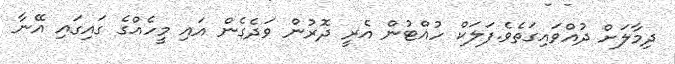
ދިމާލަށް ދުއްވައިގަތެވެ.ފަލަކް ހުއްޓުން އެރީ ދޮރުން ވަދެގެން އައި މީހެއްގެ ގައިގައި އޭނާ